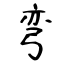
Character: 弯